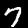
Digit: 7